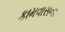
કામવાસના